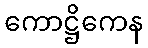
ကောဋ္ဌိကေန